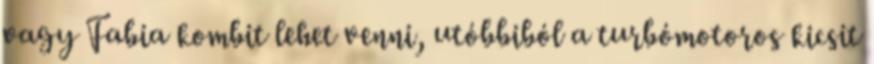
vagy Fabia kombit lehet venni, utóbbiból a turbómotoros kicsit